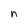
Character: n